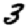
Digit: 3